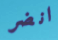
انضر